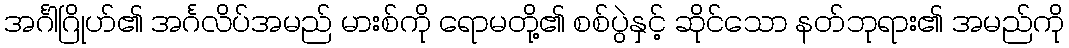
အင်္ဂါဂြိုဟ်၏ အင်္ဂလိပ်အမည် မားစ်ကို ရောမတို့၏ စစ်ပွဲနှင့် ဆိုင်သော နတ်ဘုရား၏ အမည်ကို